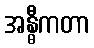
အန္ဓီကတာ